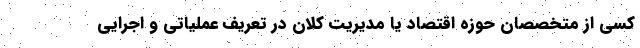
کسی از متخصصان حوزه اقتصاد یا مدیریت کلان در تعریف عملیاتی و اجرایی